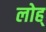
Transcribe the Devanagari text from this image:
लोह्